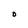
Character: O